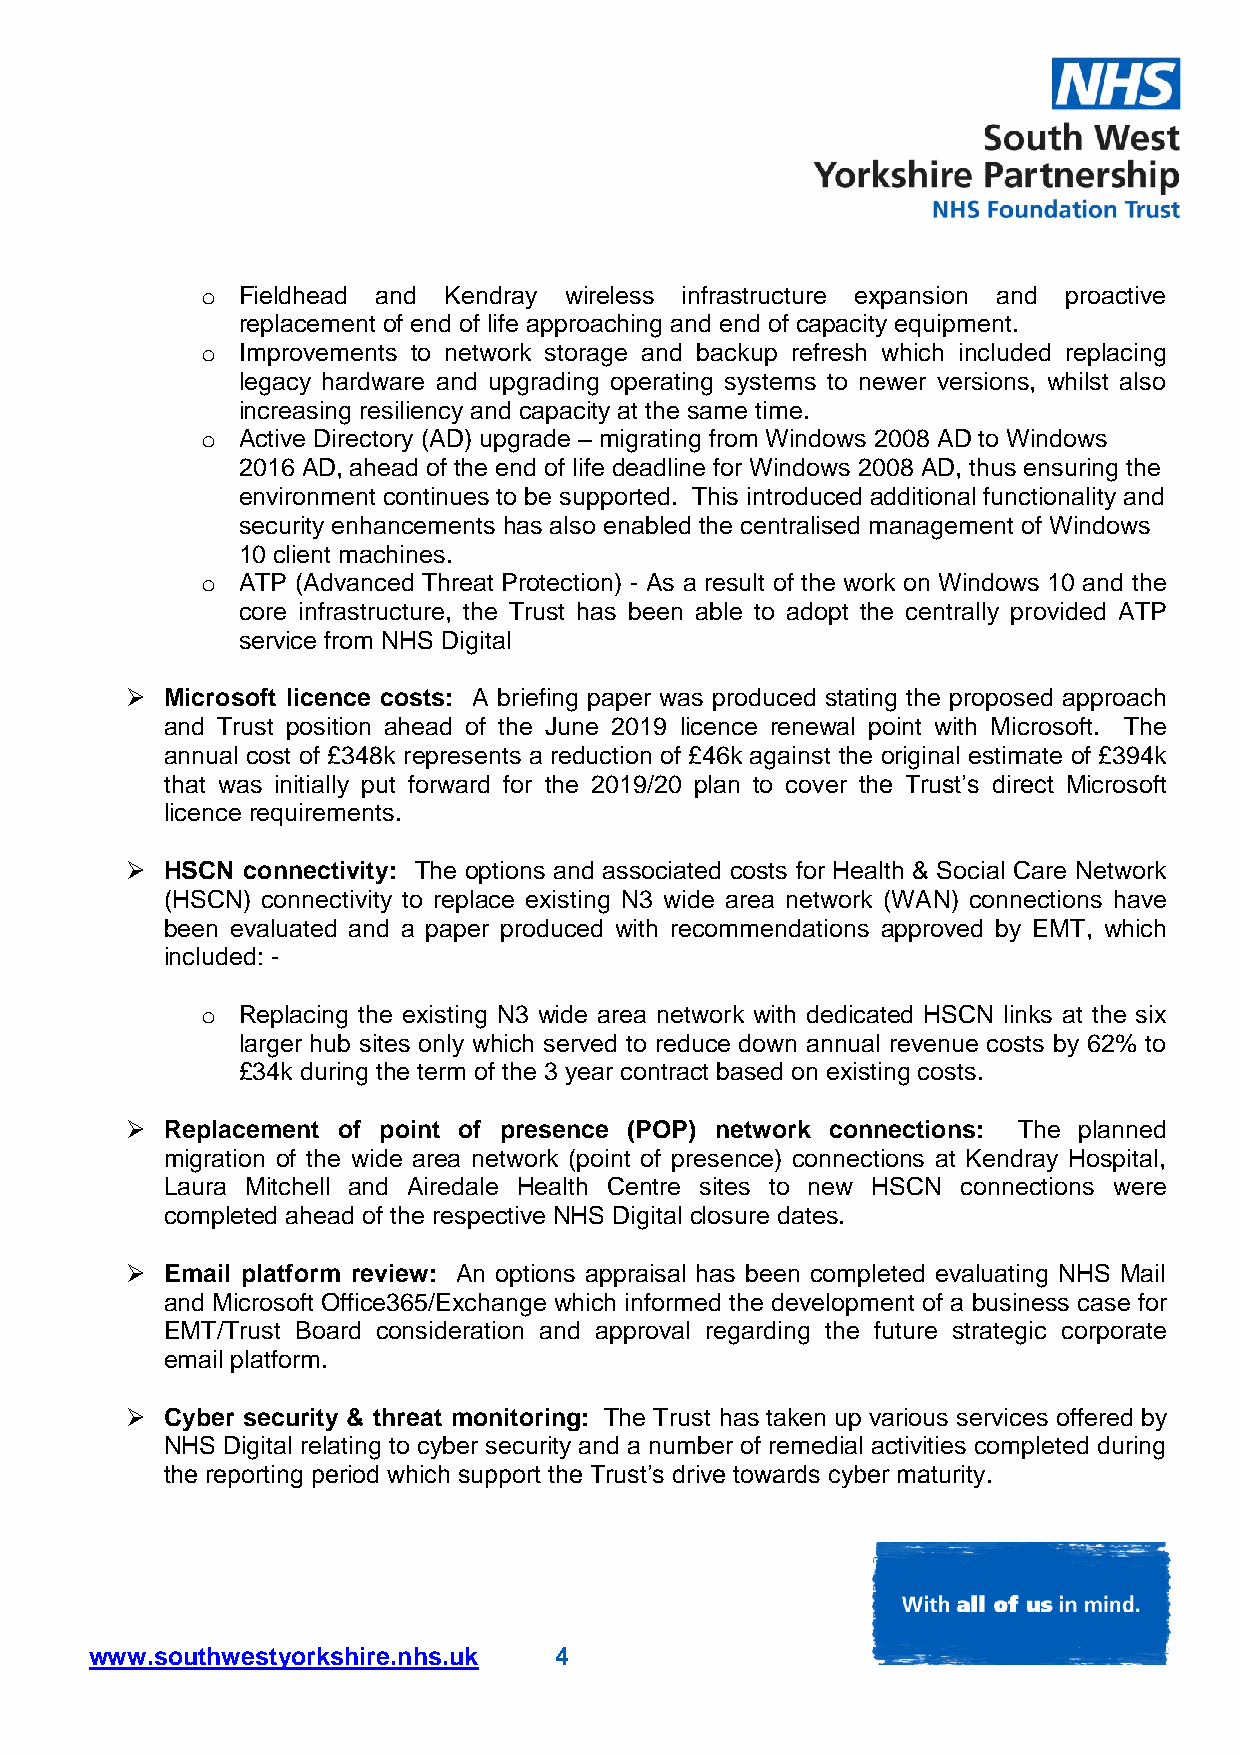
o  Fieldhead and Kendray wireless infrastructure expansion and proactive
 replacement of end of life approaching and end of capacity equipment.
 o  Improvements to network storage and backup refresh which included replacing
 legacy hardware and upgrading operating systems to newer versions, whilst also
 increasing resiliency and capacity at the same time.
 o  Active Directory (AD) upgrade – migrating from Windows 2008 AD to Windows
 2016 AD, ahead of the end of life deadline for Windows 2008 AD, thus ensuring the
 environment continues to be supported. This introduced additional functionality and
 security enhancements has also enabled the centralised management of Windows
 10 client machines.
 o  ATP (Advanced Threat Protection) - As a result of the work on Windows 10 and the
 core infrastructure, the Trust has been able to adopt the centrally provided ATP
 service from NHS Digital
   Microsoft licence costs: A briefing paper was produced stating the proposed approach
 and Trust position ahead of the June 2019 licence renewal point with Microsoft. The
 annual cost of £348k represents a reduction of £46k against the original estimate of £394k
 that was initially put forward for the 2019/20 plan to cover the Trust’s direct Microsoft
 licence requirements.
   HSCN connectivity: The options and associated costs for Health & Social Care Network
 (HSCN) connectivity to replace existing N3 wide area network (WAN) connections have
 been evaluated and a paper produced with recommendations approved by EMT, which
 included: -
 o  Replacing the existing N3 wide area network with dedicated HSCN links at the six
 larger hub sites only which served to reduce down annual revenue costs by 62% to
 £34k during the term of the 3 year contract based on existing costs.
   Replacement of point of presence (POP) network connections: The planned
 migration of the wide area network (point of presence) connections at Kendray Hospital,
 Laura Mitchell and Airedale Health Centre sites to new HSCN connections were
 completed ahead of the respective NHS Digital closure dates.
   Email platform review: An options appraisal has been completed evaluating NHS Mail
 and Microsoft Office365/Exchange which informed the development of a business case for
 EMT/Trust Board consideration and approval regarding the future strategic corporate
 email platform.
   Cyber security & threat monitoring: The Trust has taken up various services offered by
 NHS Digital relating to cyber security and a number of remedial activities completed during
 the reporting period which support the Trust’s drive towards cyber maturity.
 www.southwestyorkshire.nhs.uk  4